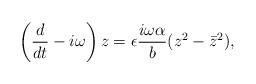
LaTeX: \begin{align*}\left(\frac{d}{dt}-i\omega\right)z=\epsilon\frac{i\omega\alpha}{b}(z^2-{\bar z}^2),\end{align*}